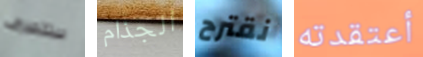
ستتصرف الجذام نقترح أعتقدته